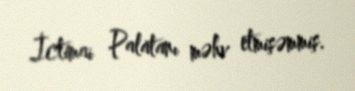
İctimai Palatanı məhv etmişəmmiş.